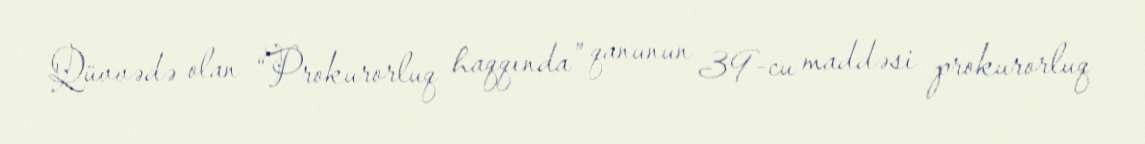
Qüvvədə olan “Prokurorluq haqqında” qanunun 39-cu maddəsi prokurorluq